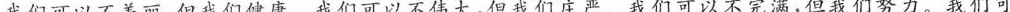
我们可以不美丽，但我们健康。我们可以不伟大，但我们庄严。我们可以不完满，但我们努力。我们可